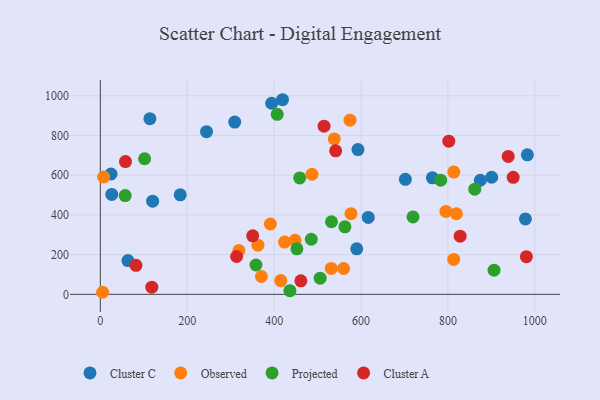
{"axis": {"x": "Engine Size", "y": "Yield"}, "legend": ["Cluster A", "Cluster C", "Observed", "Projected"], "data": [{"x": "592.9", "y": 729.5, "type": "Cluster C"}, {"x": "616.6", "y": 387.4, "type": "Cluster C"}, {"x": "24.7", "y": 606.2, "type": "Cluster C"}, {"x": "764.2", "y": 586.9, "type": "Cluster C"}, {"x": "63.5", "y": 169.9, "type": "Cluster C"}, {"x": "900.7", "y": 590.0, "type": "Cluster C"}, {"x": "26.3", "y": 503.2, "type": "Cluster C"}, {"x": "309.3", "y": 867.8, "type": "Cluster C"}, {"x": "978.3", "y": 380.2, "type": "Cluster C"}, {"x": "114.1", "y": 885.0, "type": "Cluster C"}, {"x": "419.3", "y": 980.5, "type": "Cluster C"}, {"x": "982.8", "y": 703.0, "type": "Cluster C"}, {"x": "702.0", "y": 579.7, "type": "Cluster C"}, {"x": "874.5", "y": 574.8, "type": "Cluster C"}, {"x": "590.1", "y": 229.3, "type": "Cluster C"}, {"x": "183.9", "y": 501.2, "type": "Cluster C"}, {"x": "394.3", "y": 962.8, "type": "Cluster C"}, {"x": "120.4", "y": 469.2, "type": "Cluster C"}, {"x": "244.4", "y": 819.7, "type": "Cluster C"}, {"x": "415.2", "y": 69.2, "type": "Observed"}, {"x": "448.1", "y": 271.9, "type": "Observed"}, {"x": "5.3", "y": 10.4, "type": "Observed"}, {"x": "813.2", "y": 175.7, "type": "Observed"}, {"x": "531.5", "y": 130.5, "type": "Observed"}, {"x": "813.5", "y": 615.9, "type": "Observed"}, {"x": "538.4", "y": 783.0, "type": "Observed"}, {"x": "424.0", "y": 263.3, "type": "Observed"}, {"x": "574.6", "y": 877.5, "type": "Observed"}, {"x": "576.8", "y": 406.3, "type": "Observed"}, {"x": "391.3", "y": 354.3, "type": "Observed"}, {"x": "819.4", "y": 406.1, "type": "Observed"}, {"x": "7.6", "y": 591.1, "type": "Observed"}, {"x": "362.7", "y": 247.7, "type": "Observed"}, {"x": "319.0", "y": 220.9, "type": "Observed"}, {"x": "370.8", "y": 90.0, "type": "Observed"}, {"x": "795.3", "y": 417.9, "type": "Observed"}, {"x": "559.9", "y": 130.1, "type": "Observed"}, {"x": "487.1", "y": 605.1, "type": "Observed"}, {"x": "783.3", "y": 575.2, "type": "Projected"}, {"x": "436.3", "y": 18.5, "type": "Projected"}, {"x": "458.8", "y": 586.7, "type": "Projected"}, {"x": "562.9", "y": 340.3, "type": "Projected"}, {"x": "452.4", "y": 229.2, "type": "Projected"}, {"x": "906.1", "y": 121.7, "type": "Projected"}, {"x": "101.9", "y": 683.0, "type": "Projected"}, {"x": "407.1", "y": 906.7, "type": "Projected"}, {"x": "532.0", "y": 365.6, "type": "Projected"}, {"x": "719.6", "y": 389.9, "type": "Projected"}, {"x": "505.9", "y": 81.2, "type": "Projected"}, {"x": "861.7", "y": 530.0, "type": "Projected"}, {"x": "57.2", "y": 497.5, "type": "Projected"}, {"x": "358.2", "y": 147.9, "type": "Projected"}, {"x": "485.5", "y": 277.6, "type": "Projected"}, {"x": "350.7", "y": 294.8, "type": "Cluster A"}, {"x": "57.9", "y": 668.8, "type": "Cluster A"}, {"x": "514.9", "y": 847.4, "type": "Cluster A"}, {"x": "828.1", "y": 292.8, "type": "Cluster A"}, {"x": "950.1", "y": 589.7, "type": "Cluster A"}, {"x": "118.5", "y": 36.3, "type": "Cluster A"}, {"x": "541.6", "y": 722.9, "type": "Cluster A"}, {"x": "82.0", "y": 146.0, "type": "Cluster A"}, {"x": "980.5", "y": 189.7, "type": "Cluster A"}, {"x": "313.6", "y": 190.6, "type": "Cluster A"}, {"x": "938.7", "y": 695.0, "type": "Cluster A"}, {"x": "461.5", "y": 68.0, "type": "Cluster A"}, {"x": "802.0", "y": 771.7, "type": "Cluster A"}]}